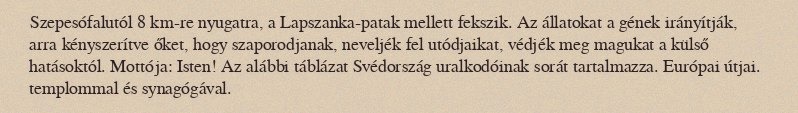
Szepesófalutól 8 km-re nyugatra, a Lapszanka-patak mellett fekszik. Az állatokat a gének irányítják, arra kényszerítve őket, hogy szaporodjanak, neveljék fel utódjaikat, védjék meg magukat a külső hatásoktól. Mottója: Isten! Az alábbi táblázat Svédország uralkodóinak sorát tartalmazza. Európai útjai. templommal és synagógával.